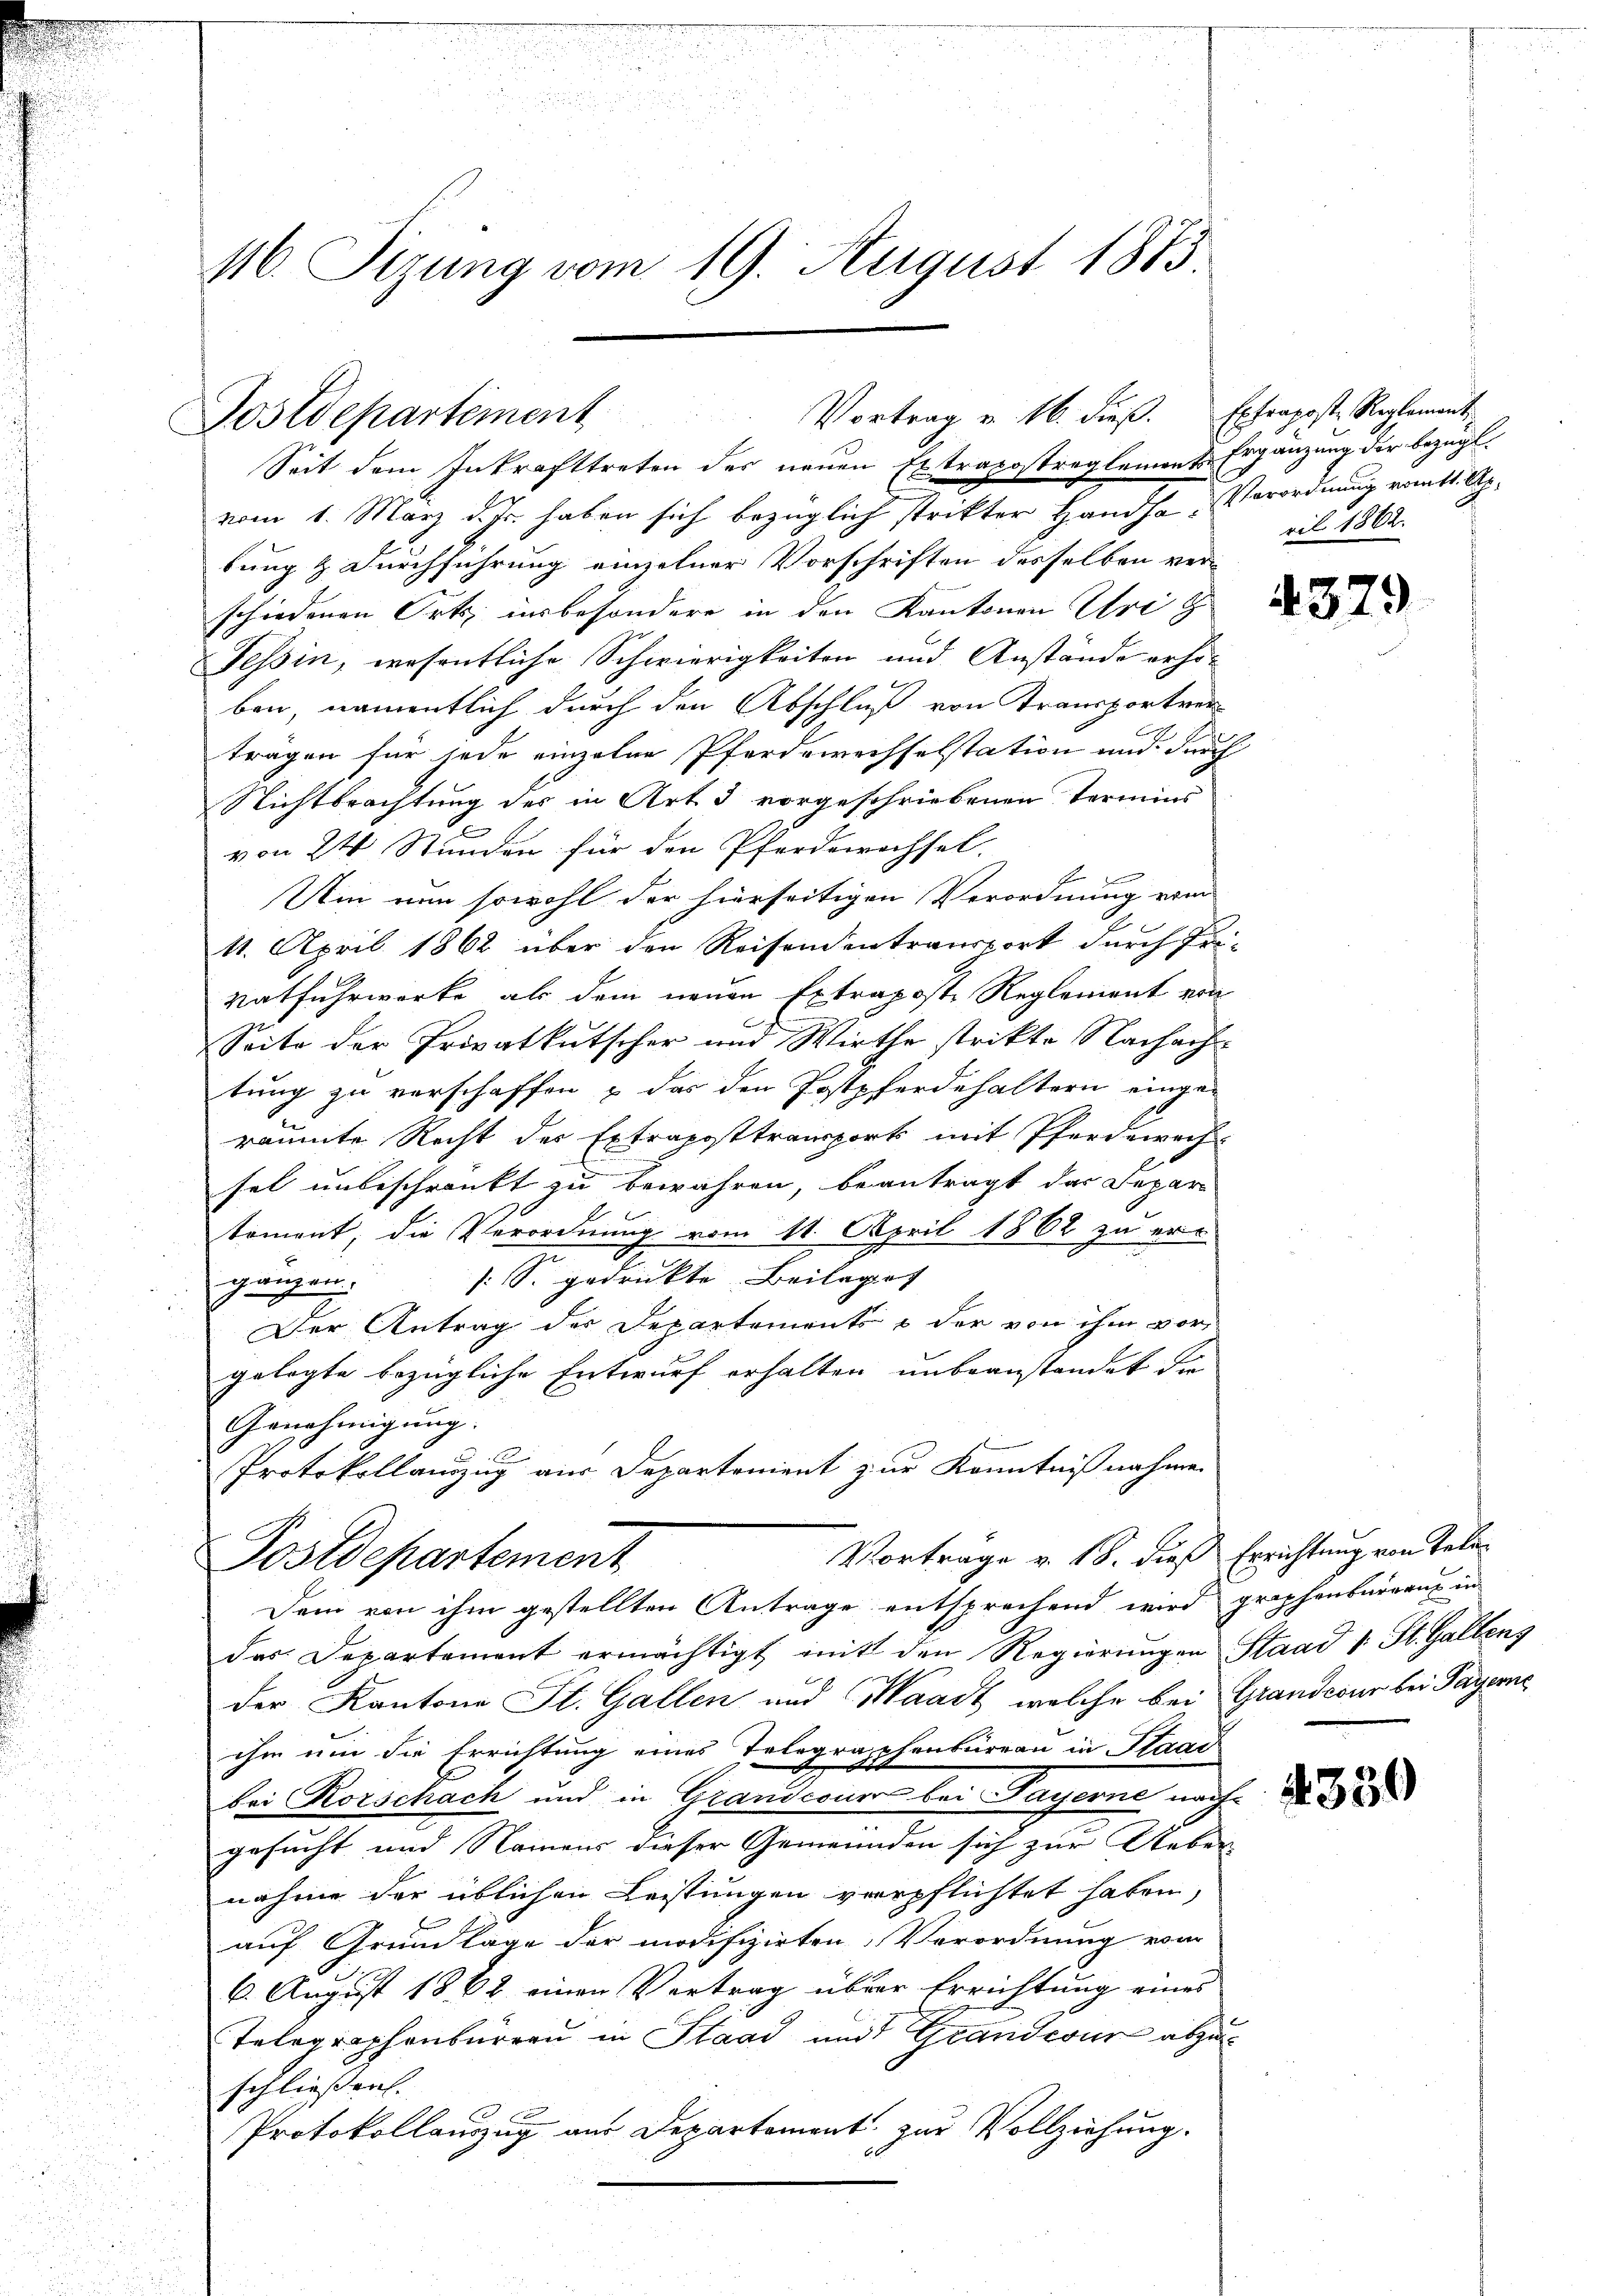
46. Sizung vom 19. August 1875

Postdepartement

vom 1. März d. Js. haben sich bezüglich strikter Handso Verordnung vom 1. Apbung & Durchführung einzelner Vorschriften desselben verschiedenen Orts insbesondere in den Kantonen Ursy
Tessin, wesentliche Schwierigkeiten und Anstände erho-
ben, namentlich durch den Abschluß von Transportver-
trägen für jede einzelne Pferdewechselstation und durch
Nichtbrachtung des in Art. 3 vorgeschriebenen Termins
von 24 Stunden für den Pferdewechsel-
e
Um nun sowohl der hierseitigen Verordnung vom
11. April 1862 über den Reisendentransport durch Fri¬
Vatfuhrwerke, als dem neuen Extraposte Reglement von
Seite der Privatkutscher und Wirthe strikte Nachachtung zu verschaffen & das den Postpferdehaltern einzu-
räumte Recht des Extraposttransport mit Pferdewach
sel unbeschränkt zu bewahren, beantragt das Separ
tement, die Verordnung vom 11. April 1862 zu ergängen. [S. gedruckte Beilaget |
Der Antrag der Departement u der von ihm vor-
gelegte bezügliche Entwurf erhalten unbeanstandet die
Genehmigung.
Protokollanzug aus Departement zur Kenntnißnahme

Vortrag u. 16. dieß.
Seit dem Inkrafttreten des neuen Extrapostreglements Ergänzung der bezügl.

das Departement ermächtigt mit den Regierŭngen Staad 1. St. Gallens
der Kantone St. Gallen und Waadt, welche bei Grandcour bei Payerne
ihm um die Errichtung eines Telegraphenbureau in Staat
bei Korschach und in Grandcouer bei Payerne nach
gesucht und Namens dieser Gemeinden sich zur Ueber
nahme der üblichen Leistungen verpflichtet haben,
auf Grundlage der modifizirten Verordnung vom
6. August 1862 einen Vertrag über Errichtung eines
Telegraphenbürren in Staad und Grandcour abzuschließen.
Protokollauszug aus Departement zur Vollziehung.

Vortrage v. 18. dieß Errichtung von Tele¬
Postdepartement
Dem von ihm gestellten Antrage entsprechend wird grophenbaren in

Extrageste Reglement
ril 1862.

4379